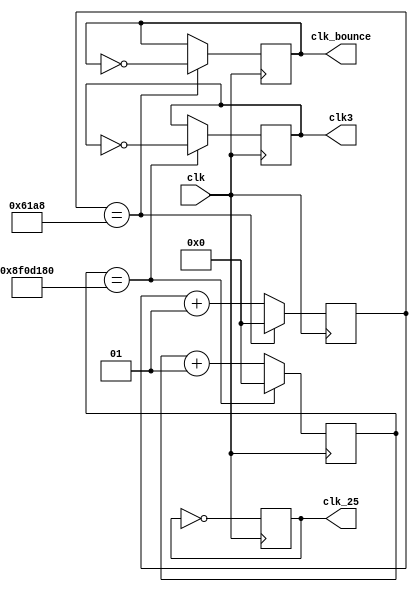
module clockdivider (clk, clk_25, clk3, clk_bounce);

input wire clk;  //50MHZ

output reg clk_25 =0;  //25MHZ

output reg clk3=0;
output reg clk_bounce =0;

parameter div_value1 =0;
parameter div_value2 =150000000;
parameter div_value3 =25000;

integer counter_value1 =0;
integer counter_value2 =0;
integer counter_value3 =0;



always @(posedge clk)
	begin 
	if (counter_value1 == div_value1)
		counter_value1 <=0;
		
	else
		counter_value1 <= counter_value1 +1;
end

always @(posedge clk) clk_25 <= ~clk_25;
		






always @(posedge clk)
	begin 
	if (counter_value2 == div_value2)
		counter_value2 <=0;
		
	else
		counter_value2 <= counter_value2 +1;
end

always @(posedge clk)
begin 
	if(counter_value2== div_value2)
		clk3 <= ~clk3;
	end
	
	
	
	always @(posedge clk)
	begin 
	if (counter_value3 == div_value3)
		counter_value3 <=0;
		
	else
		counter_value3 <= counter_value3 +1;
end

always @(posedge clk)
begin 
	if(counter_value3== div_value3)
		clk_bounce <= ~clk_bounce;
	end
endmodule